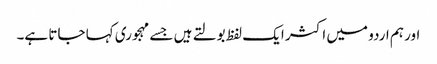
اور ہم اردو میں اکثر ایک لفظ بولتے ہیں جسے مہجوری کہا جاتا ہے۔